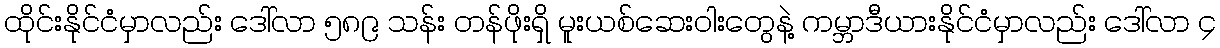
ထိုင်းနိုင်ငံမှာလည်း ဒေါ်လာ ၅၈၉ သန်း တန်ဖိုးရှိ မူးယစ်ဆေးဝါးတွေနဲ့ ကမ္ဘာဒီယားနိုင်ငံမှာလည်း ဒေါ်လာ ၄